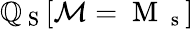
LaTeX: \mathbb{Q}_{\mathrm{{~S~}}}[\mathcal{{M}}=\mathrm{{~M~}}_{\mathrm{{~s~}}}]